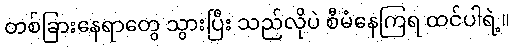
တစ်ခြားနေရာတွေ သွားပြီး သည်လိုပဲ စီမံနေကြရ ထင်ပါရဲ့။